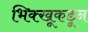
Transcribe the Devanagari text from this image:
भिक्खूकडून